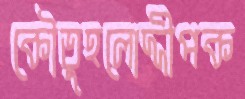
কৌতুহলোদ্দীপক